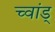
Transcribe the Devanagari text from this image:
च्वांड्